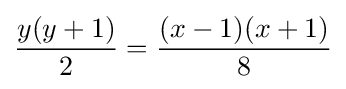
{\frac {y(y+1)}{2}}={\frac {(x-1)(x+1)}{8}}